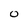
Character: O